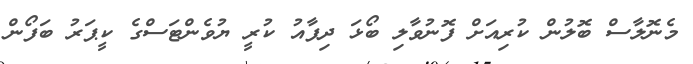
މެނޮލާސް ބޮލުން ކުރިއަށް ފޮނުވާލި ބޯޅަ ދިފާއު ކުރީ ޔުވެންޓަސްގެ ކީޕަރު ބަފޯން